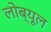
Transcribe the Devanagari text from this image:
लोब्यूल